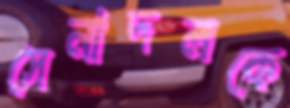
সেনাদলকে